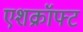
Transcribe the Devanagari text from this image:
एशक्रॉफ्ट